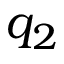
q _ { 2 }